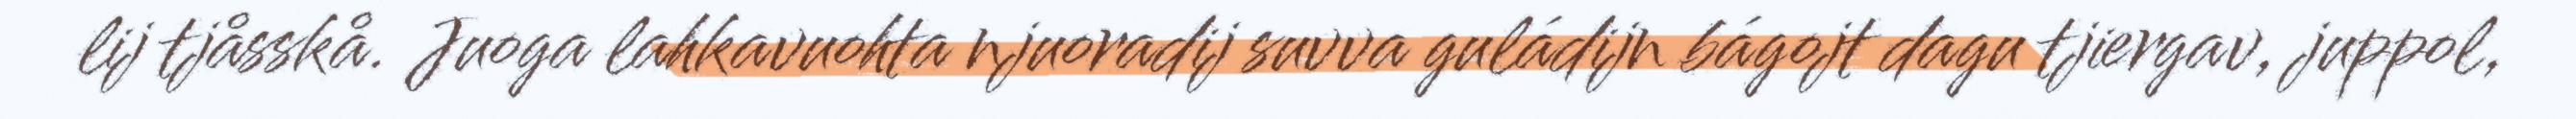
lij tjåsskå. Juoga lahkavuohta njuoradij suvva guládijn bágojt dagu tjiergav, juppol,